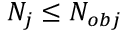
N _ { j } \le N _ { o b j }